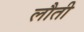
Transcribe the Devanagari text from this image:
लौती